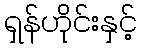
ရှန်ဟိုင်းနှင့်